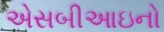
એસબીઆઇનો